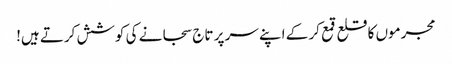
مجرموں کا قلع قمع کر کے اپنے سر پر تاج سجانے کی کوشش کرتے ہیں!